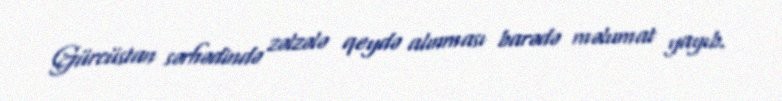
Gürcüstan sərhədində zəlzələ qeydə alınması barədə məlumat yayıb.